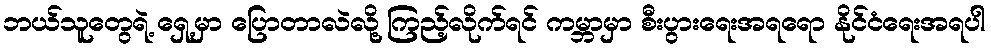
ဘယ်သူတွေရဲ့ ရှေ့မှာ ပြောတာလဲလို့ ကြည့်လိုက်ရင် ကမ္ဘာမှာ စီးပွားရေးအရရော နိုင်ငံရေးအရပါ